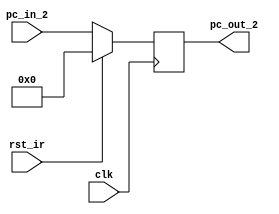
module ir_pc_2(
    input clk,
    input rst_ir,
    input [3:0] pc_in_2,
    output [3:0] pc_out_2
    );
	
   reg [3:0] ir_pc_2_reg;
	assign pc_out_2=ir_pc_2_reg;
	
	always@(posedge clk)
	begin
		if(rst_ir)
			ir_pc_2_reg<=0;
		
		else
			ir_pc_2_reg<=pc_in_2;
	end

endmodule